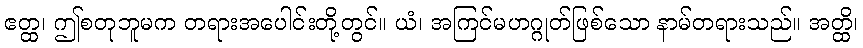
ဧတ္ထ၊ ဤစတုဘူမက တရားအပေါင်းတို့တွင်။ ယံ၊ အကြင်မဟဂ္ဂုတ်ဖြစ်သော နာမ်တရားသည်။ အတ္ထိ၊